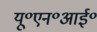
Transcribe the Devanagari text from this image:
यू॰एन॰आई॰